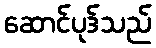
ဆောင်ပုဒ်သည်